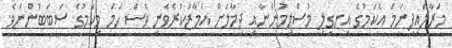
މަރާލައިފިނަމަ އެކަމުގެ އިނގިލި މުސްލިމުންނާއި ދިމާލަށް އަމާޒުކުރެވެނީ ވެސް ހަމަ މިކަމުގެ ސަބަބުންނެވެ.